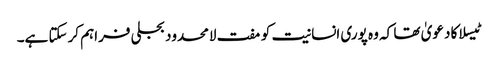
ٹیسلا کا دعویٰ تھا کہ وہ پوری انسانیت کو مفت لامحدود بجلی فراہم کرسکتا ہے۔